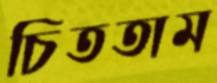
চিততাম